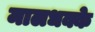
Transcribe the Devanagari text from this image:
मालधक्के